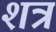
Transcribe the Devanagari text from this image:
शत्र